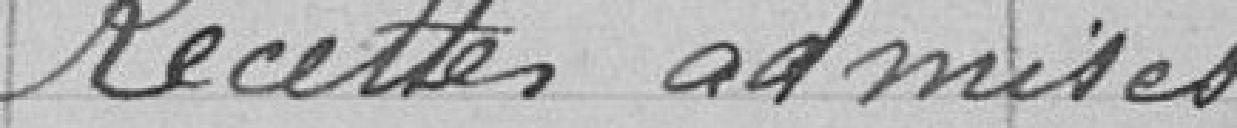
Recettes admises